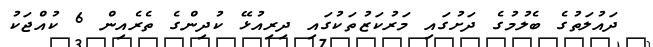
ދައުލަތުގެ ބެލުމުގެ ދަށުގައި މަރުކަޒުތަކުގައި ދިރިއުޅޭ ކުދިންގެ ތެރެއިން 6 ކުއްޖަކު